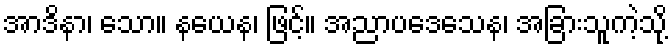
အာဒိနာ၊ သော။ နယေန၊ ဖြင့်။ အညာပဒေသေန၊ အခြားသူကဲ့သို့